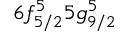
6 f _ { 5 / 2 } ^ { 5 } 5 g _ { 9 / 2 } ^ { 5 }